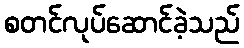
စတင်လုပ်ဆောင်ခဲ့သည်